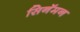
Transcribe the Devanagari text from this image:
सिनॅमन